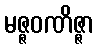
မဇ္ဇဝဏိဇ္ဇာ